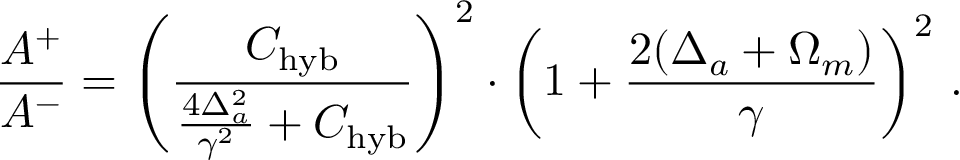
\frac { A ^ { + } } { A ^ { - } } = \left( \frac { C _ { \mathrm { h y b } } } { \frac { 4 \Delta _ { a } ^ { 2 } } { \gamma ^ { 2 } } + C _ { \mathrm { h y b } } } \right) ^ { 2 } \cdot \left( 1 + \frac { 2 ( \Delta _ { a } + \Omega _ { m } ) } { \gamma } \right) ^ { 2 } \, .